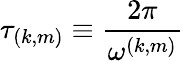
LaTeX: \tau_{(k,m)}\equiv\frac{2\pi}{\omega^{(k,m)}}